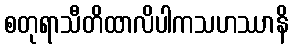
စတုရာသီတိထာလိပါကသဟဿာနိ